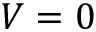
V = 0